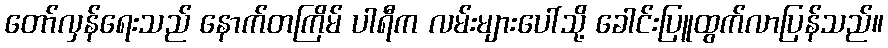
တော်လှန်ရေးသည် နောက်တကြိမ် ပါရီက လမ်းများပေါ်သို့ ခေါင်းပြူထွက်လာပြန်သည်။